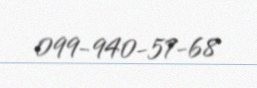
099-940-57-68